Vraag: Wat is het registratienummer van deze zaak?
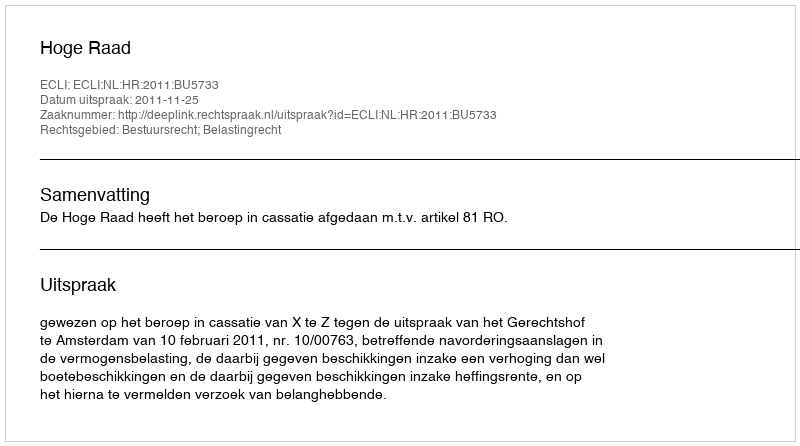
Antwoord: http://deeplink.rechtspraak.nl/uitspraak?id=ECLI:NL:HR:2011:BU5733